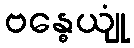
ဗန္ဓေယျုံ